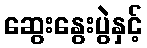
ဆွေးနွေးပွဲနှင့်